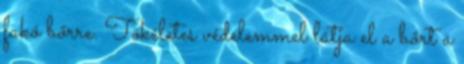
fakó bőrre. Tökéletes védelemmel látja el a bőrt a